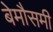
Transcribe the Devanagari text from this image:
बेमौसमी